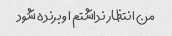
من انتظار نداشتم او برنده شود